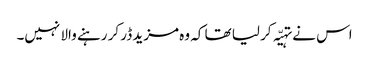
اس نے تہیّہ کر لیا تھا کہ وہ مزید ڈر کر رہنے والا نہیں۔